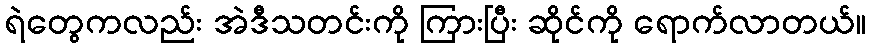
ရဲတွေကလည်း အဲဒီသတင်းကို ကြားပြီး ဆိုင်ကို ရောက်လာတယ်။